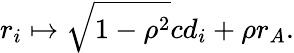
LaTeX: r_{i}\mapsto\sqrt{1-\rho^{2}}cd_{i}+\rho r_{A}.